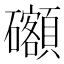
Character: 𥗳